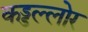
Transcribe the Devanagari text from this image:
कड्डल्लोर